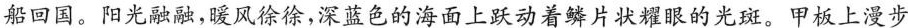
船回国。阳光融融，暖风徐徐，深蓝色的海面上跃动着鳞片状耀眼的光斑。甲板上漫步